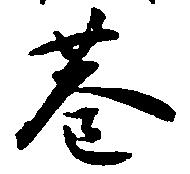
巷